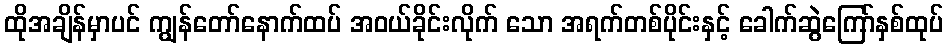
ထိုအချိန်မှာပင် ကျွန်တော်နောက်ထပ် အဝယ်ခိုင်းလိုက် သော အရက်တစ်ပိုင်းနှင့် ခေါက်ဆွဲကြော်နှစ်ထုပ်